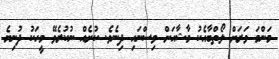
މަންމަ ވަރަށް ލޯތްބާއެކު މާޝާއަށް ވިސްނައި ދިނެވެ. ކުށެއް ނުކުރެވޭ މީހަކު ދުނިޔެ